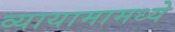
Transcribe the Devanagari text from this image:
व्यायामामध्ये